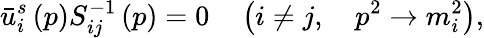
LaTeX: \bar{u}_{i}^{s}\left(p\right)S_{ij}^{-1}\left(p\right)=0\quad\left(i\neq j,\quad p^{2}\rightarrow m_{i}^{2}\right),